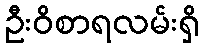
ဦးဝိစာရလမ်းရှိ